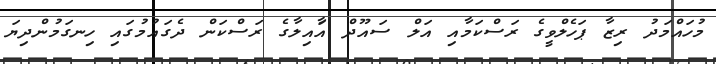
މުހައްމަދު ރިޒާ ޕަހެލްވީގެ ރަސްކަމާއި އަލް ސައޫދް އަާއިލާގެ ރަސްކަން ދެގައުމުގައި ހިނގަމުންދިޔަ